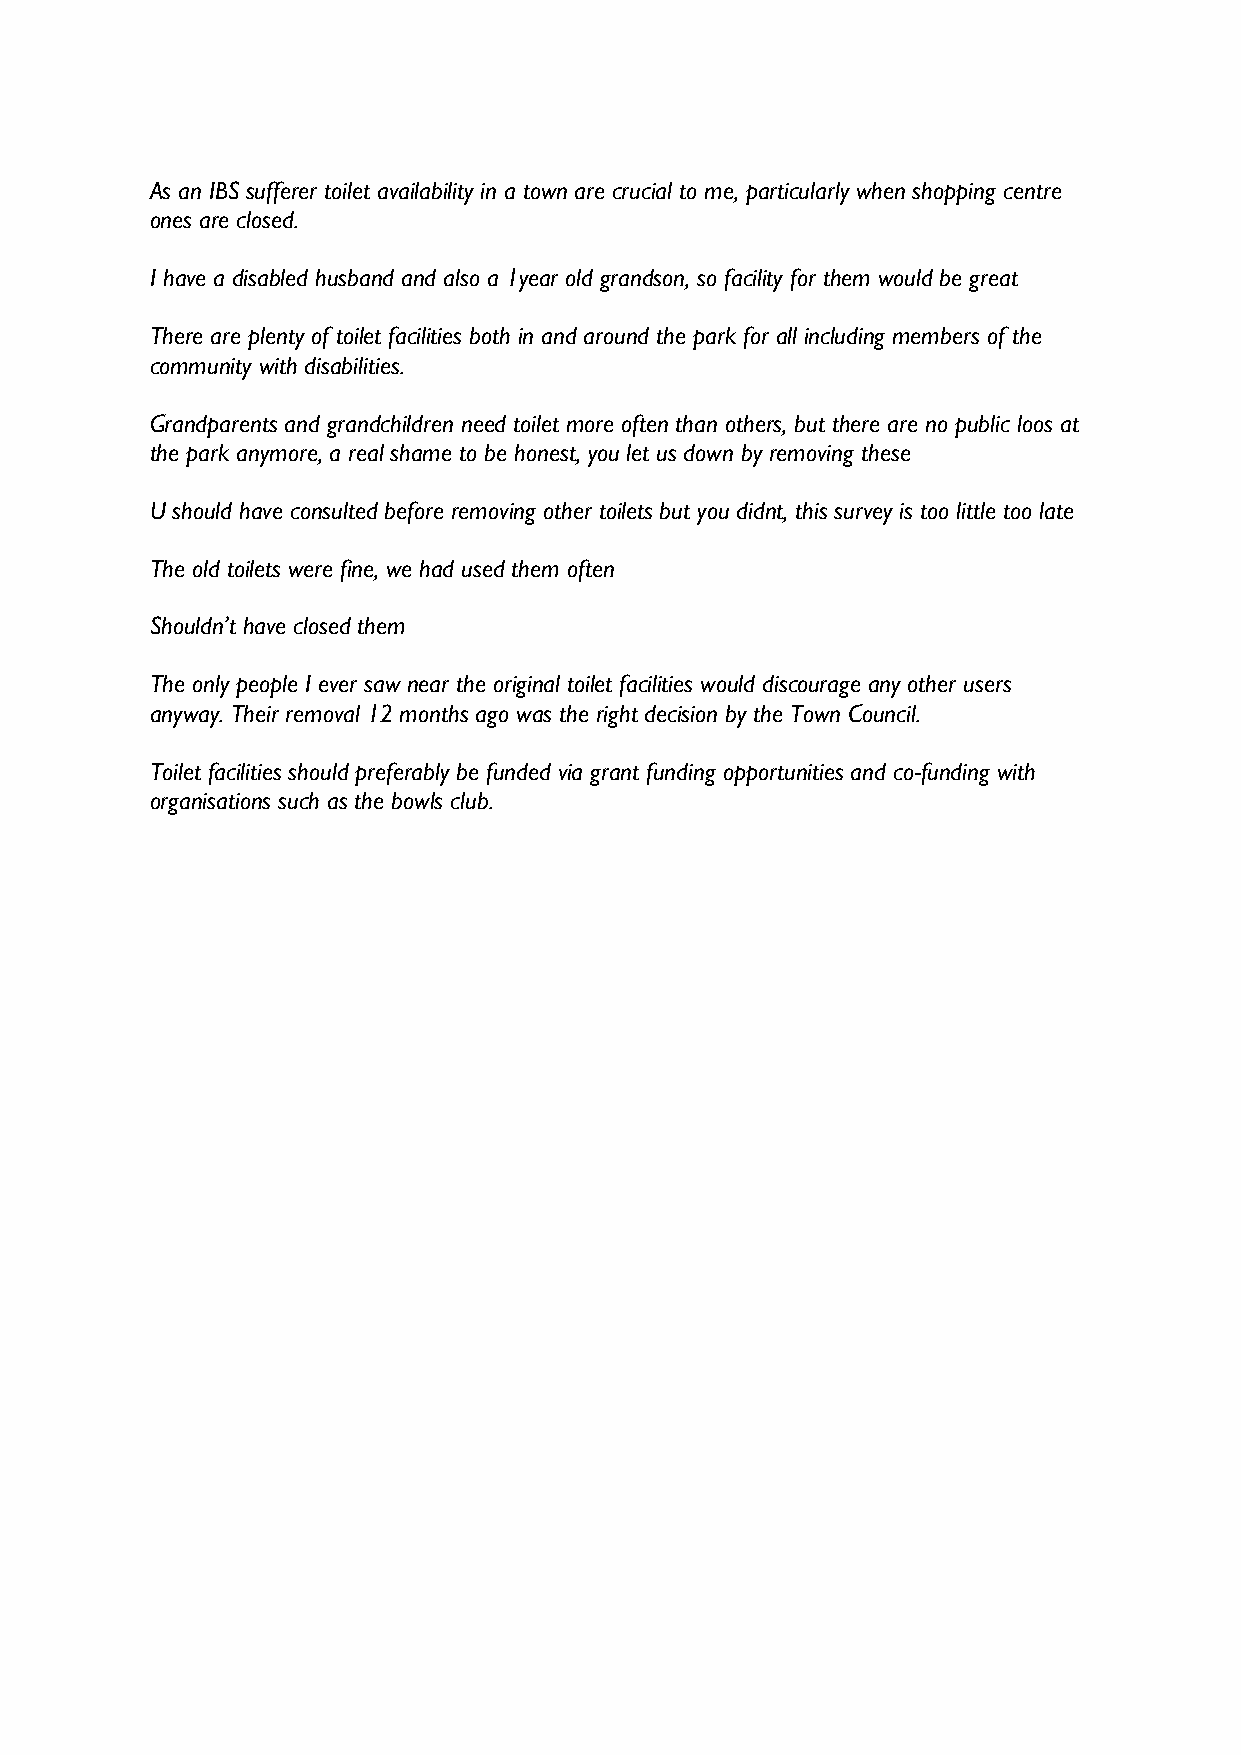
As an IBS sufferer toilet availability in a town are crucial to me, particularly when shopping centre
 ones are closed.
 I have a disabled husband and also a 1year old grandson, so facility for them would be great
 There are plenty of toilet facilities both in and around the park for all including members of the
 community with disabilities.
 Grandparents and grandchildren need toilet more often than others, but there are no public loos at
 the park anymore, a real shame to be honest, you let us down by removing these
 U should have consulted before removing other toilets but you didnt, this survey is too little too late
 The old toilets were fine, we had used them often
 Shouldn’t have closed them
 The only people I ever saw near the original toilet facilities would discourage any other users
 anyway. Their removal 12 months ago was the right decision by the Town Council.
 Toilet facilities should preferably be funded via grant funding opportunities and co-funding with
 organisations such as the bowls club.